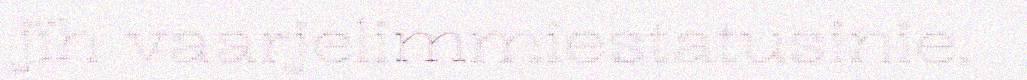
jïh vaarjelimmiestatusinie.